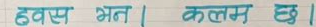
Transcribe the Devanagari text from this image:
हवस् भन । कलम छ ।